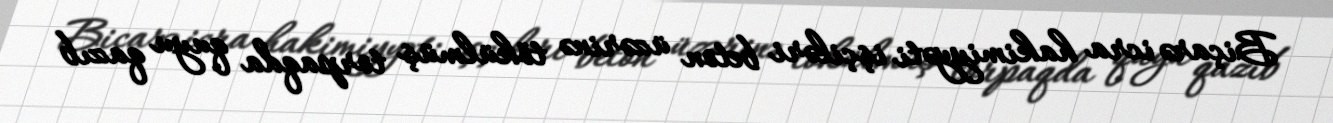
Biçarə icra hakimiyyəti işçiləri beton üzərinə tökülmüş torpaqda quyu qazıb